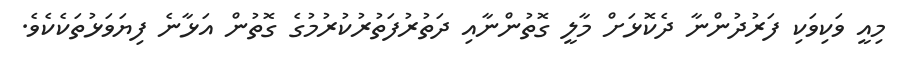
މިއީ ވަކިވަކި ފަރުދުންނާ ދެކޮޅަށް މާލީ ގޮތުންނާއި ދަތުރުފަތުރުކުރުމުގެ ގޮތުން އަޅާނެ ފިޔަވަޅުތަކެކެވެ.